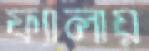
ফ্যালায়